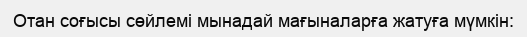
Отан соғысы сөйлемі мынадай мағыналарға жатуға мүмкін: